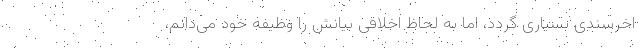
اخرسندی بسیاری گردد، اما به لحاظ اخلاقی بیانش را وظیفه‌ خود می‌دانم،